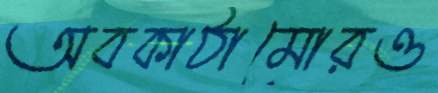
অবকাঠামোরও